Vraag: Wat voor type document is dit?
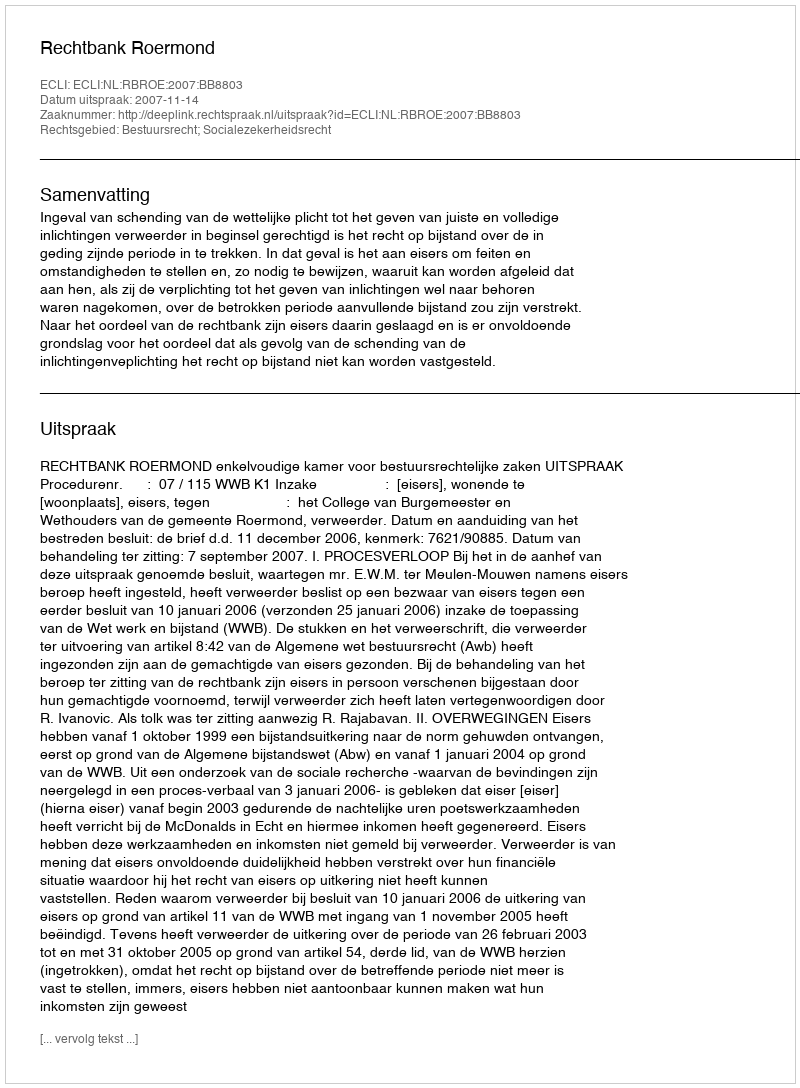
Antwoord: Uitspraak